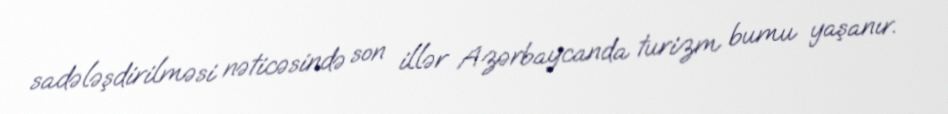
sadələşdirilməsi nəticəsində son illər Azərbaycanda turizm bumu yaşanır.